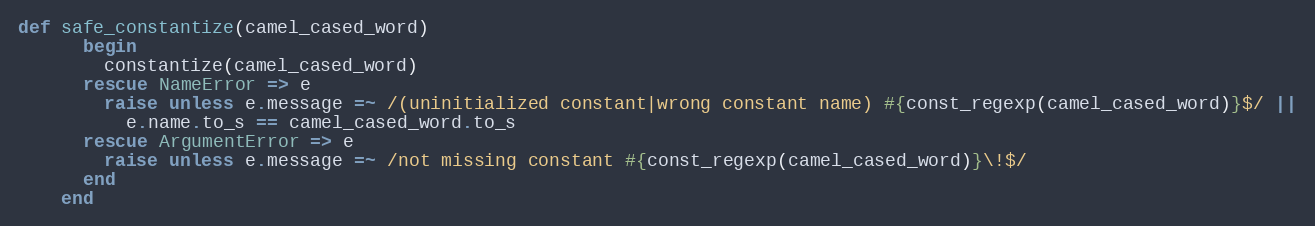
Language: Ruby
def safe_constantize(camel_cased_word)
      begin
        constantize(camel_cased_word)
      rescue NameError => e
        raise unless e.message =~ /(uninitialized constant|wrong constant name) #{const_regexp(camel_cased_word)}$/ ||
          e.name.to_s == camel_cased_word.to_s
      rescue ArgumentError => e
        raise unless e.message =~ /not missing constant #{const_regexp(camel_cased_word)}\!$/
      end
    end